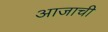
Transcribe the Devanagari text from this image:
आजाची